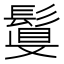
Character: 𩮉